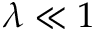
\lambda \ll 1